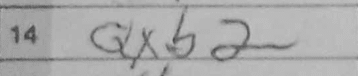
Transcription: Qxb2